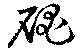
磈